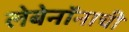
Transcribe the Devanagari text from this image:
लेबेनॉनाची